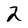
Character: 2